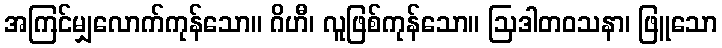
အကြင်မျှလောက်ကုန်သော။ ဂိဟီ၊ လူဖြစ်ကုန်သော။ ဩဒါတဝသနာ၊ ဖြူသော